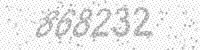
Solution: 868232